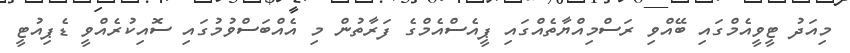
މިއަދު ޓީވީއެމްގައި ބޭއްވި ރަސްމިއްޔާތެއްގައި ޕީއެސްއެމްގެ ފަރާތުން މި އެއްބަސްވުމުގައި ސޮއިކުރެއްވީ ޑެޕިއުޓީ